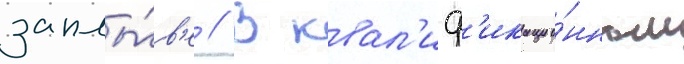
заплы́в'е // В квал'иф'икацио́нном